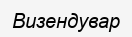
Визендувар